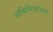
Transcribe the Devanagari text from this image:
अभिनिर्णायक